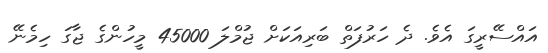
އައްސޭރީގަ އެވެ. ދެ ހަރުފަތް ބަރިއަކަށް ޖުމްލަ 45000 މީހުންގެ ޖާގަ ހިމެނޭ